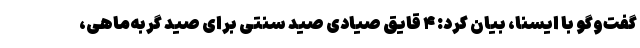
گفت‌وگو با ایسنا، بیان کرد: ۴ قایق صیادی صید سنتی برای صید گربه‌ماهی،